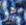
هو